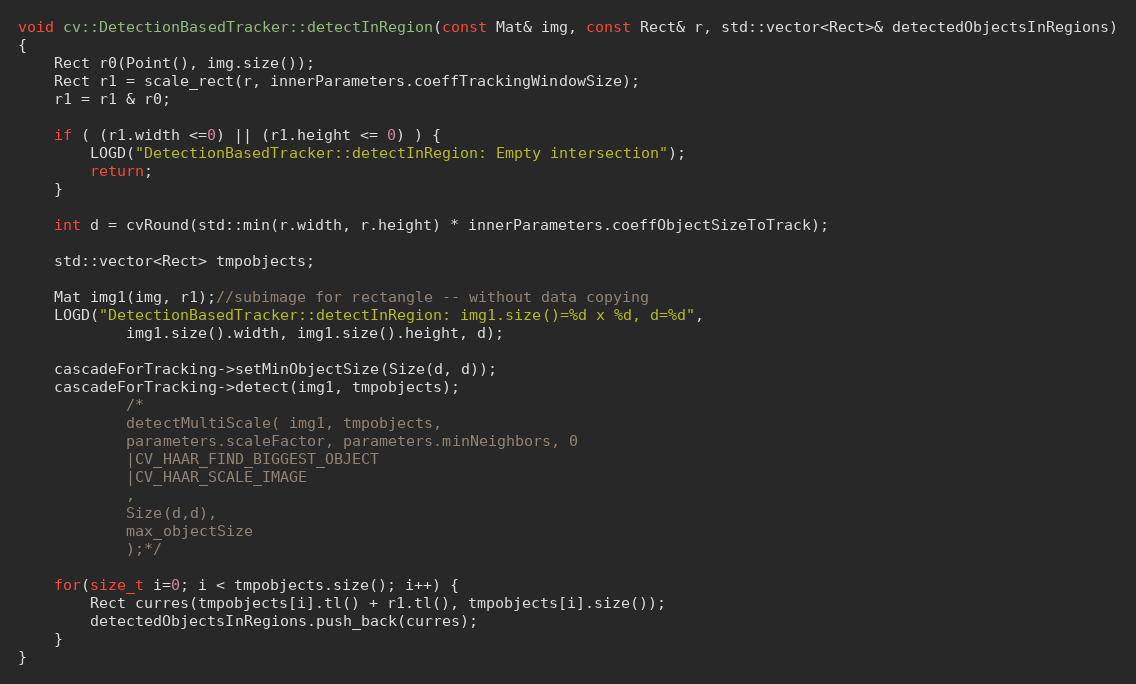
Language: C++
void cv::DetectionBasedTracker::detectInRegion(const Mat& img, const Rect& r, std::vector<Rect>& detectedObjectsInRegions)
{
    Rect r0(Point(), img.size());
    Rect r1 = scale_rect(r, innerParameters.coeffTrackingWindowSize);
    r1 = r1 & r0;

    if ( (r1.width <=0) || (r1.height <= 0) ) {
        LOGD("DetectionBasedTracker::detectInRegion: Empty intersection");
        return;
    }

    int d = cvRound(std::min(r.width, r.height) * innerParameters.coeffObjectSizeToTrack);

    std::vector<Rect> tmpobjects;

    Mat img1(img, r1);//subimage for rectangle -- without data copying
    LOGD("DetectionBasedTracker::detectInRegion: img1.size()=%d x %d, d=%d",
            img1.size().width, img1.size().height, d);

    cascadeForTracking->setMinObjectSize(Size(d, d));
    cascadeForTracking->detect(img1, tmpobjects);
            /*
            detectMultiScale( img1, tmpobjects,
            parameters.scaleFactor, parameters.minNeighbors, 0
            |CV_HAAR_FIND_BIGGEST_OBJECT
            |CV_HAAR_SCALE_IMAGE
            ,
            Size(d,d),
            max_objectSize
            );*/

    for(size_t i=0; i < tmpobjects.size(); i++) {
        Rect curres(tmpobjects[i].tl() + r1.tl(), tmpobjects[i].size());
        detectedObjectsInRegions.push_back(curres);
    }
}